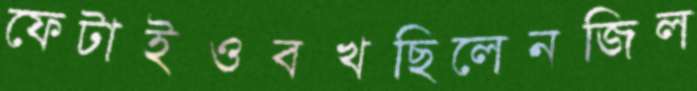
ফেটাইওবখছিলেনজিল